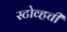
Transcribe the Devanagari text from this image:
स्टोव्हची